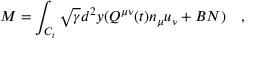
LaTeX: { M } = \int _ { C _ { t } } \sqrt { \gamma } d ^ { 2 } y ( Q ^ { \mu \nu } ( t ) n _ { \mu } u _ { \nu } + B N ) ~ ~ ~ ,